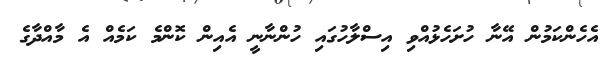
އެހެންކަމުން އޭނާ ހުށަހެޅުއްވި އިސްލާހުގައި ހުންނާނީ އެއިން ކޮންމެ ކަމެއް އެ މާއްދާގެ